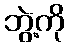
ဘွဲ့ကို